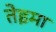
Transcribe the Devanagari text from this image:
तेइमा